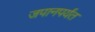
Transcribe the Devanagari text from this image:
जपानपर्यंत